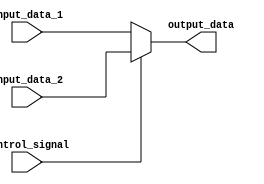
module MyDatapathMux(
    input control_signal,
    input [31:0] input_data_1, //0
    input [31:0] input_data_2, //1
    output reg [31:0] output_data
);

always @*
begin
    if(control_signal)
    begin
        output_data = input_data_2;
    end
    else
    begin
        output_data = input_data_1;
    end
end

endmodule